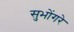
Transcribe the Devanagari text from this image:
सुभोंगरे